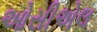
ઓસીએલ